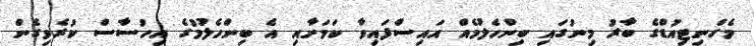
މެގްނިޓިއުޑްގެ ބާރު މިނުގައި ބިންހެލުމެއް އައިސްފައިވާ ކަމަށާއި އެ ބިންހެލުމުގެ އިހުސާސް ކުރެވިގެން